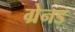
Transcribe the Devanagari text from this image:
ग्रेनड